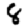
Digit: 8